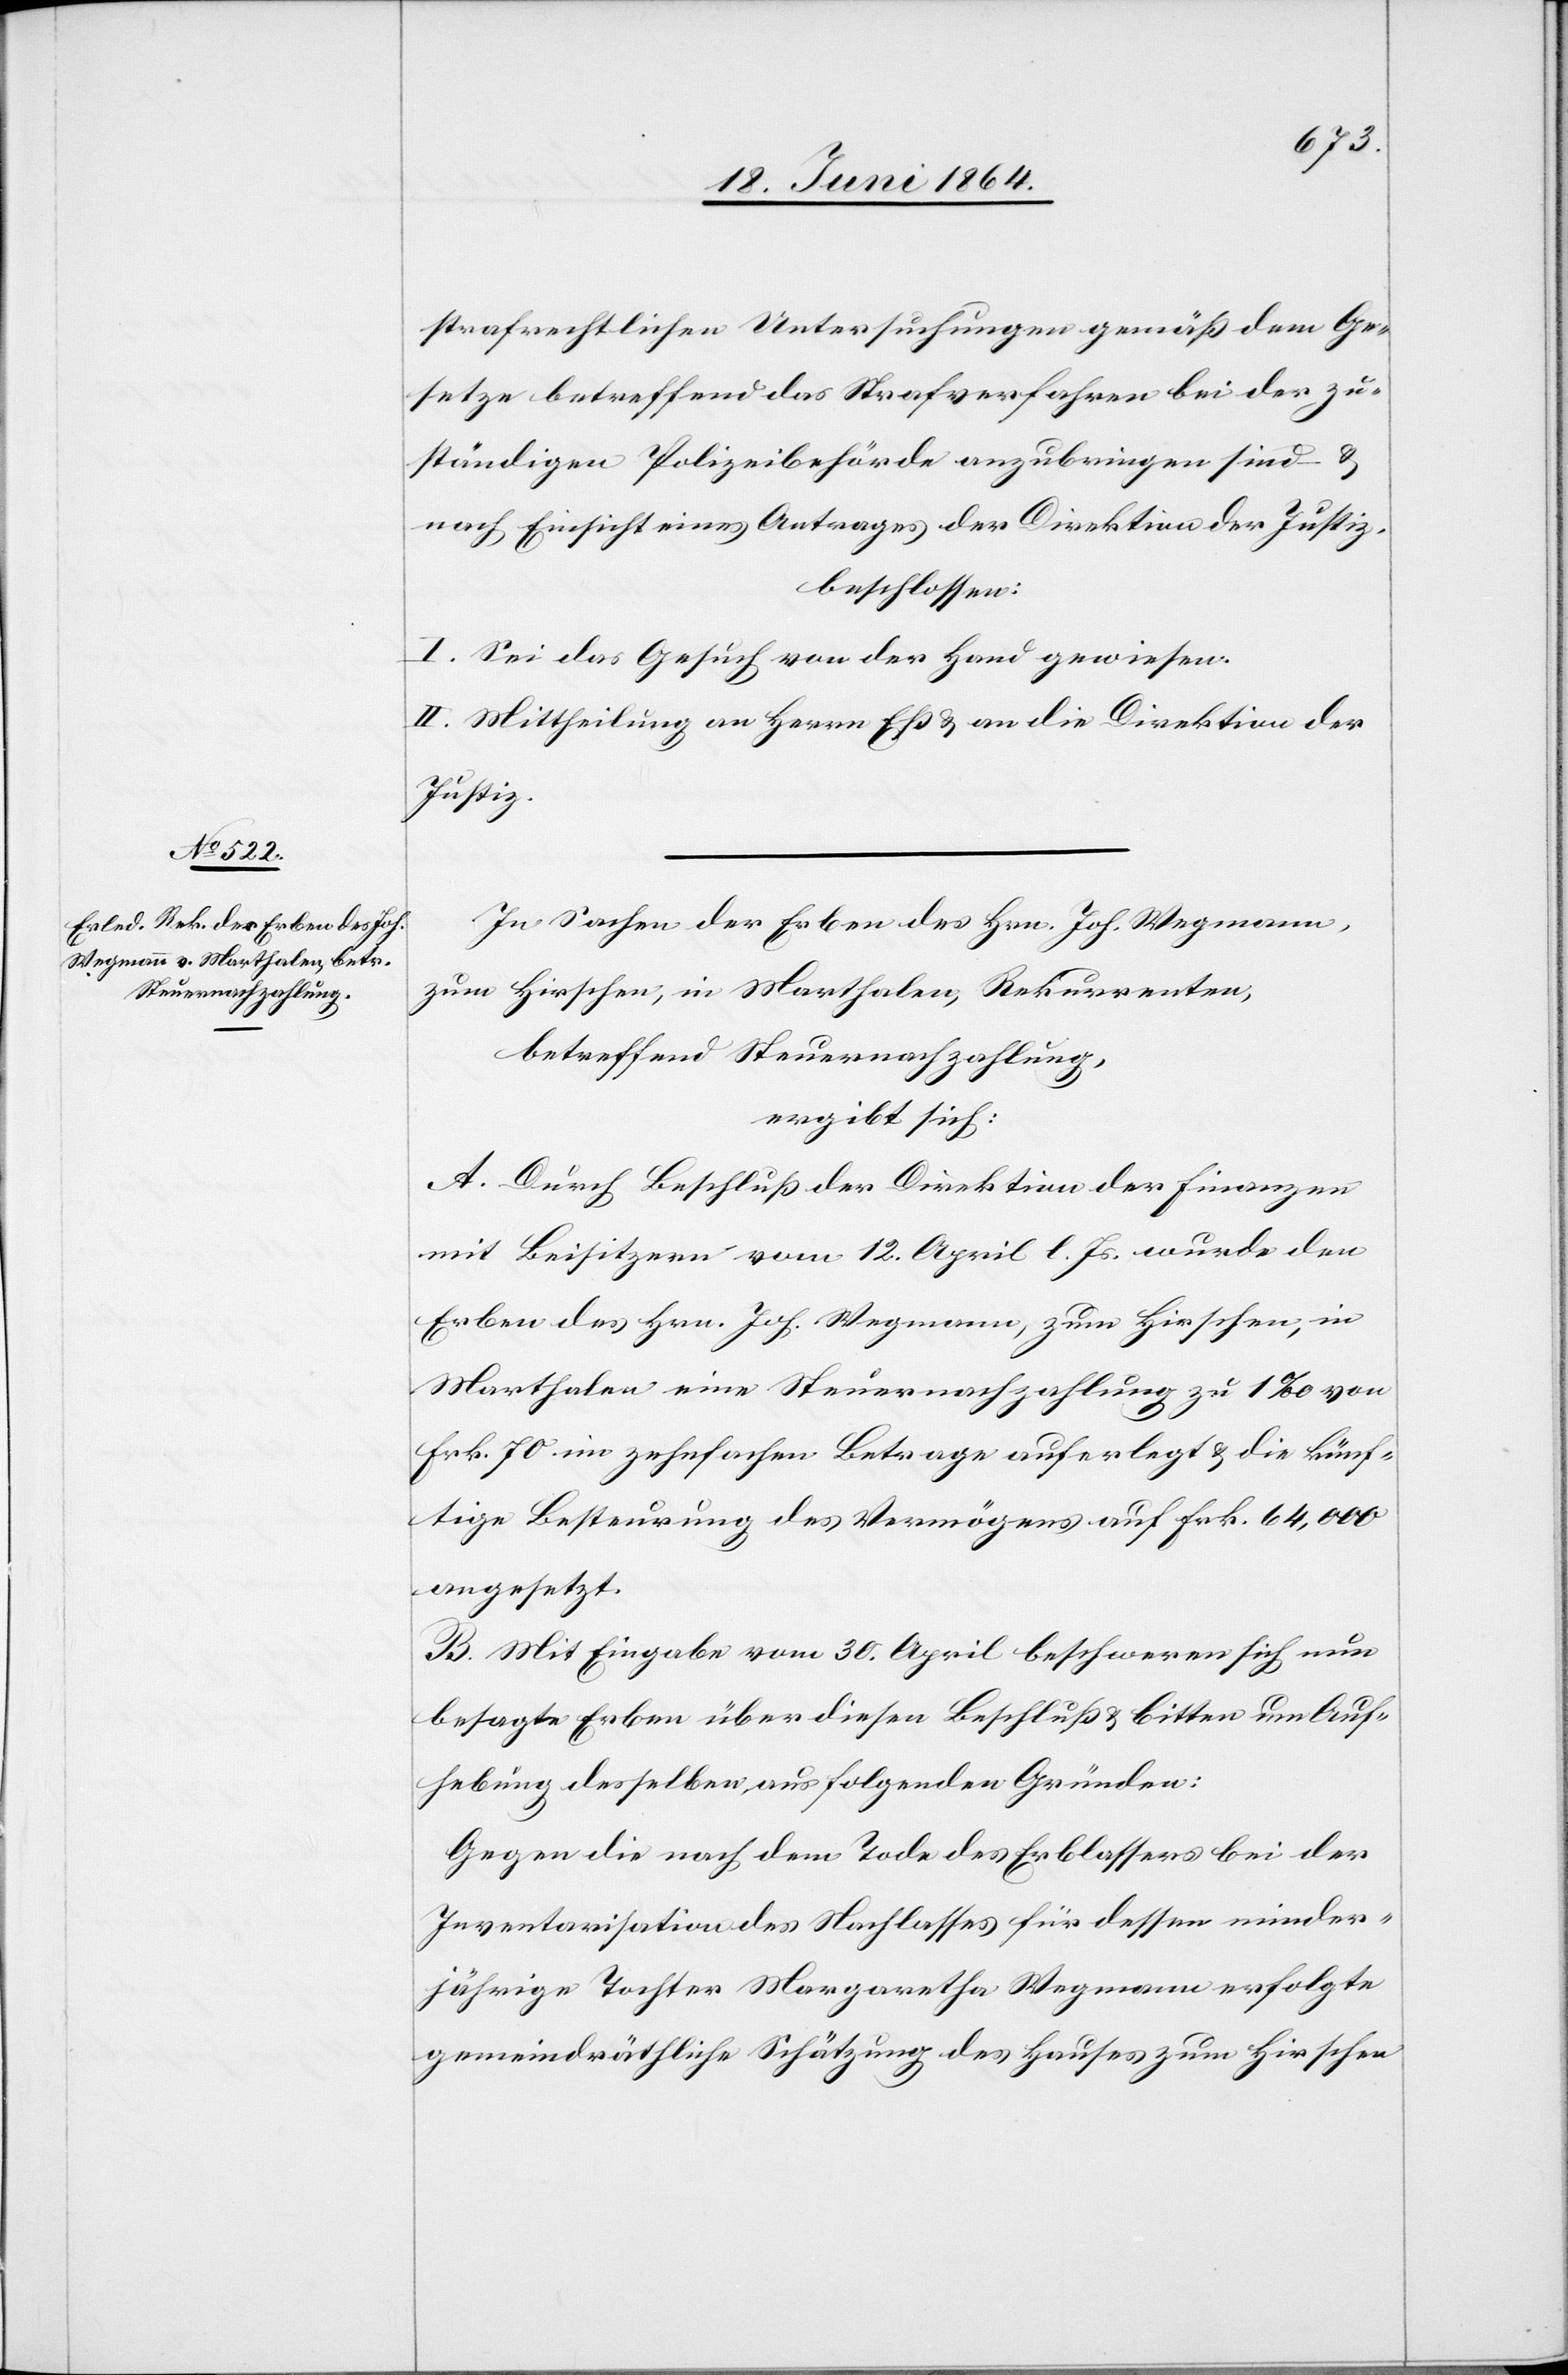
strafrechtlichen Untersuchungen gemäß dem Ge¬
setze betreffend das Strafverfahren bei der zu¬
ständigen Polizeibehörde anzubringen sind u.
nach Einsicht eines Antrages der Direktion der Justiz,
beschlossen:
I. Sei das Gesuch von der Hand gewiesen.
II. Mittheilung an Herrn Eß u. an die Direktion der
Justiz.
In Sachen der Erben des Hrn. Joh. Wegmann,
zum Hirschen, in Marthalen, Rekurrenten,
betreffend Steuernachzahlung,
ergibt sich:
A. Durch Beschluß der Direktion der Finanzen
mit Beisitzern vom 12. April l. Js. wurde den
Erben des Hrn. Joh. Wegmann, zum Hirschen, in
Marthalen eine Steuernachzahlung zu 1‰ von
Frk. 70 im zehnfachen Betrage auferlegt u. die künf¬
tige Besteuerung des Vermögens auf Frk. 64,000
angesetzt.
B. Mit Eingabe vom 30. April beschweren sich nun
besagte Erben über diesen Beschluß u. bitten um An¬
hebung desselben aus folgenden Gründen:
Gegen die nach dem Tode des Erblassers bei der
Inventarisation des Nachlasses für dessen minder¬
jährige Tochter Margaretha Wegmann erfolgte
gemeindräthliche Schätzung des Hauses zum Hirschen